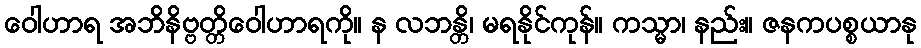
ဝေါဟာရ အဘိနိဗ္ဗတ္တိဝေါဟာရကို။ န လဘန္တိ၊ မရနိုင်ကုန်။ ကသ္မာ၊ နည်း။ ဇနကပစ္စယာနု